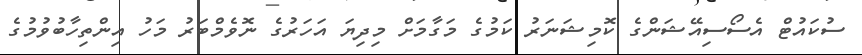
ސުކައުޓް އެސޯސިއޭޝަންގެ ކޮމިޝަނަރު ކަމުގެ މަގާމަށް މިދިޔަ އަހަރުގެ ނޮވެމްބަރު މަހު އިންތިހާބުވުމުގެ